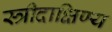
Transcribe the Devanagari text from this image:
स्त्रीदाक्षिण्य